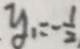
y _ { 1 } = - \frac { 1 } { 2 }